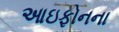
આઇફોનના